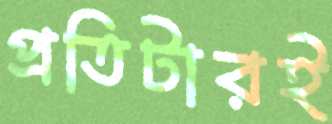
প্রতিটারই